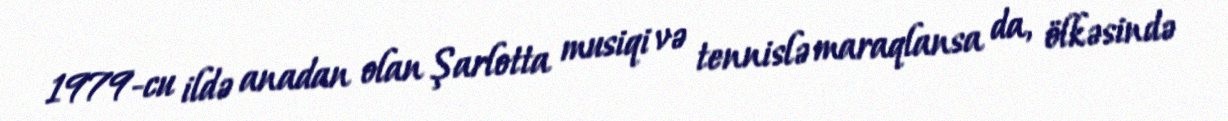
1979-cu ildə anadan olan Şarlotta musiqi və tennislə maraqlansa da, ölkəsində